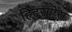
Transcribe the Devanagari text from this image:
हिटराप्टेरा